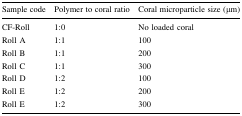
<table><thead><tr><td><b>Sample code</b></td><td><b>Polymer to coral ratio</b></td><td><b>Coral microparticle size (μm)</b></td></tr></thead><tbody><tr><td>CF-Roll</td><td>1:0</td><td>No loaded coral</td></tr><tr><td>Roll A</td><td>1:1</td><td>100</td></tr><tr><td>Roll B</td><td>1:1</td><td>200</td></tr><tr><td>Roll C</td><td>1:1</td><td>300</td></tr><tr><td>Roll D</td><td>1:2</td><td>100</td></tr><tr><td>Roll E</td><td>1:2</td><td>200</td></tr><tr><td>Roll E</td><td>1:2</td><td>300</td></tr></tbody></table>